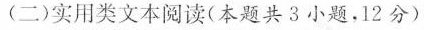
(二)实用类文本阅读(本题共3小题，12分)